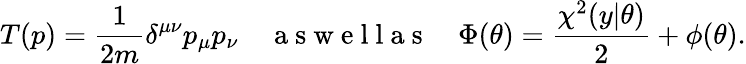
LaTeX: T(p)=\frac{1}{2m}\delta^{\mu\nu}p_{\mu}p_{\nu}\quad\mathrm{~a~s~w~e~l~l~a~s~}\quad\Phi(\theta)=\frac{\chi^{2}(y|\theta)}{2}+\phi(\theta).